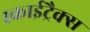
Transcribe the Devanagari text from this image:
स्काईट्रैक्स